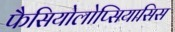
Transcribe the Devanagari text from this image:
फैसियोलोप्सियासिस